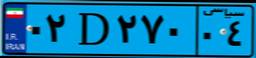
۹۲D۲۰۲۲۷